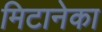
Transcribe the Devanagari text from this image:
मिटानेका